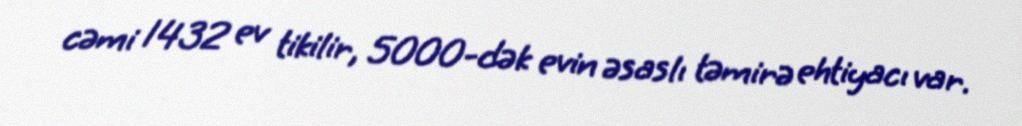
cəmi 1432 ev tikilir, 5000-dək evin əsaslı təmirə ehtiyacı var.